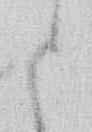
ら